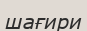
шағири